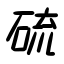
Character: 硫